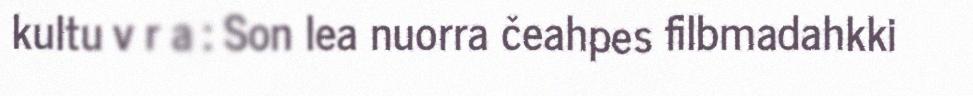
kultu v r a : Son lea nuorra čeahpes filbmadahkki